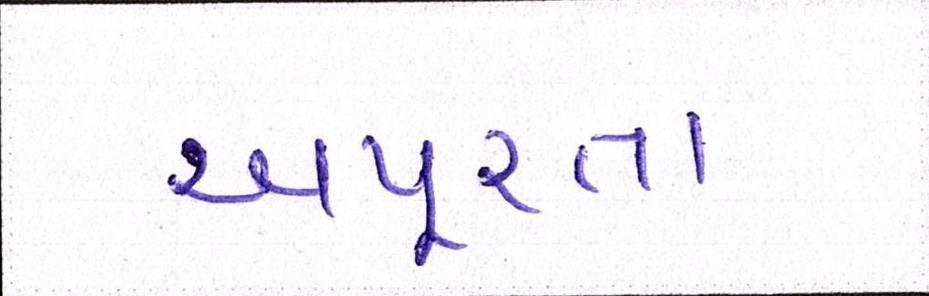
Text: અપૂરતા